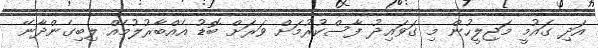
އަދި ގައުމީ މަޖިލީހުން މި ގަވައިދު ފާސްކުރުމަށް ވަރަށް ބޮޑު އެއްބާރުލުމެއް ލިބިގެންދާނޭ